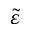
\widetilde { \varepsilon }